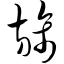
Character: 旆